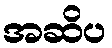
အဆိပ